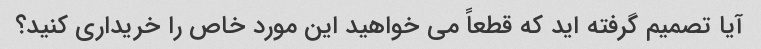
آیا تصمیم گرفته اید که قطعاً می خواهید این مورد خاص را خریداری کنید؟